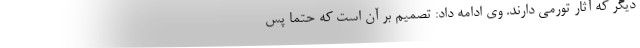
دیگر که آثار تورمی دارند. وی ادامه داد: تصمیم بر آن است که حتما پس